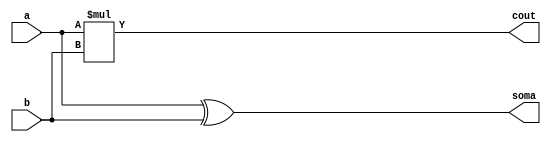
module meio_somador2 ( a, b, soma, cout);
    input a, b;
    output soma, cout;
    
	 assign soma = a ^ b;
    assign cout = a * b;
    
endmodule